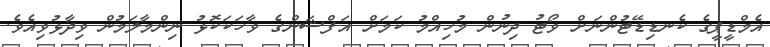
އެމްޑީޕީގެ ކެނޑިޑޭޓުންނަށް ވޯޓު ދިނުން މުހިއްމު ކަމަށް އަފްޝަންގެ ވާހަކަކޮޅު ނިންމާލަމުން ވިދާޅުވިއެވެ.